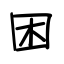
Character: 困